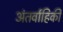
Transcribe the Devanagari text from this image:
अंतर्वाहिकी